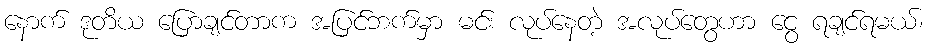
နောက် ဒုတိယ ပြောချင်တာက အပြင်ဘက်မှာ မင်း လုပ်နေတဲ့ အလုပ်တွေဟာ ငွေ ရချင်ရမယ်၊